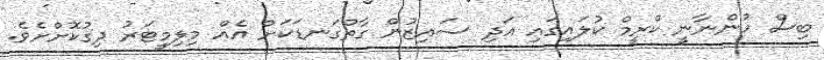
ބިސް ހުންނާނީ ކްރީމް ކުލައިގައި އަދި ސައިޒުން ގާތްގަނޑަކަށް އެއް މިލިމީޓަރު ދިގުކޮށްށެވެ.